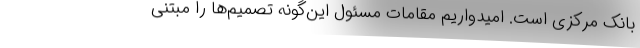
بانک مرکزی است. امیدواریم مقامات مسئول این‌گونه تصمیم‌ها را مبتنی